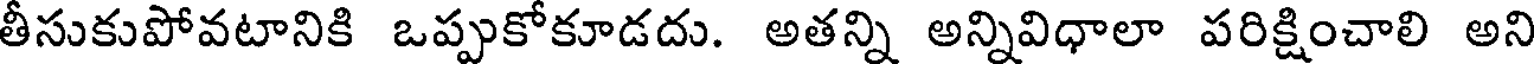
తీసుకుపోవటానికి ఒప్పుకోకూడదు. అతన్ని అన్నివిధాలా పరిక్షించాలి అని